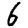
Digit: 6